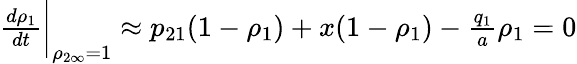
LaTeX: \begin{array}{r}{\frac{d\rho_{1}}{dt}\bigg|_{\rho_{2\infty}=1}\approx p_{21}(1-\rho_{1})+x(1-\rho_{1})-\frac{q_{1}}{a}\rho_{1}=0}\end{array}